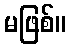
မဖြစ်။